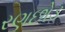
રણછોડ